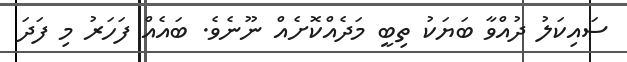
ސައިކަލު ދުއްވާ ބަޔަކު ތިބީ މަދެއްކޮށެއް ނޫނެވެ. ބައެއް ފަހަރު މި ފަދަ